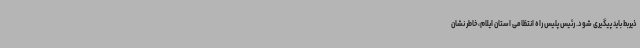
ذیربط باید پیگیری شود. رئیس پلیس راه انتظامی استان ایلام،خاطر نشان